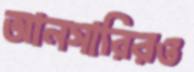
আনসারিরও